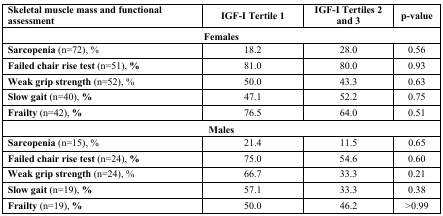
| Skeletal muscle mass and functional assessment | IGF-I Tertile 1 | IGF-I Tertiles 2 and 3 | p-value |
 | --- | --- | --- | --- |
 | <COLSPAN=4> Females |
 | Sarcopenia (n=72), % | 18.2 | 28.0 | 0.56 |
 | Failed chair rise test (n=51), % | 81.0 | 80.0 | 0.93 |
 | Weak grip strength (n=52), % | 50.0 | 43.3 | 0.63 |
 | Slow gait (n=40), % | 47.1 | 52.2 | 0.75 |
 | Frailty (n=42), % | 76.5 | 64.0 | 0.51 |
 | <COLSPAN=4> Males |
 | Sarcopenia (n=15), % | 21.4 | 11.5 | 0.65 |
 | Failed chair rise test (n=24), % | 75.0 | 54.6 | 0.60 |
 | Weak grip strength (n=24), % | 66.7 | 33.3 | 0.21 |
 | Slow gait (n=19), % | 57.1 | 33.3 | 0.38 |
 | Frailty (n=19), % | 50.0 | 46.2 | >0.99 |